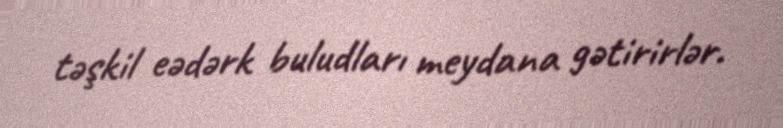
təşkil eədərk buludları meydana gətirirlər.